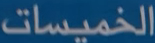
الخميسات